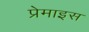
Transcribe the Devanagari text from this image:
प्रेमाइस